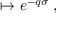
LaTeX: { \bf \Phi } \mapsto e ^ { - q \sigma } { \bf \Phi } ,